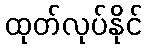
ထုတ်လုပ်နိုင်